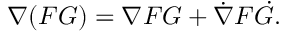
\nabla ( F G ) = \nabla F G + { \dot { \nabla } } F { \dot { G } } .